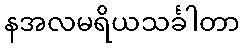
နအလမရိယသင်္ခါတာ